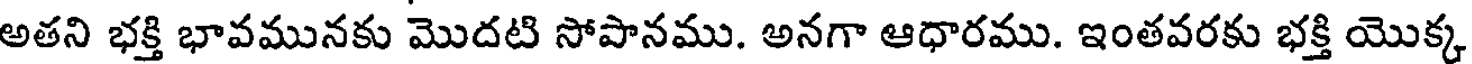
అతని భక్తి భావమునకు మొదటి సోపానము. అనగా ఆధారము. ఇంతవరకు భక్తి యొక్క